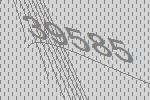
39585